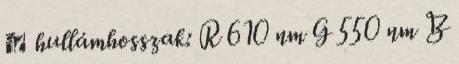
λ hullámhosszak: R 610 nm G 550 nm B